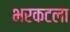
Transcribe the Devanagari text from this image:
भरकटला